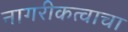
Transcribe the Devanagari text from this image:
नागरीकत्वाचा